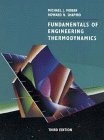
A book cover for Fundamentals of Engineering Thermodynamics; Michael J. Moran; Science & Math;